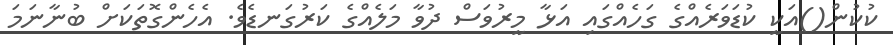
ކުކުން()އަކީ ކުޑަވަރެއްގެ ގަހެއްގައި އަޅާ މީރުވަސް ދުވާ މަލެއްގެ ކަރުގަނޑެވެ. އެހެންގޮތަކަށް ބުނާނަމަ